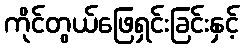
ကိုင်တွယ်ဖြေရှင်းခြင်းနှင့်